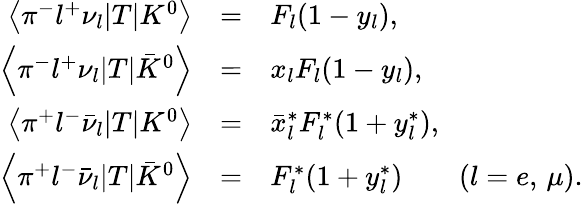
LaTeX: \begin{array}{rcl}{{\left<\pi^{-}l^{+}\nu_{l}|T|K^{0}\right>}}&{{=}}&{{F_{l}(1-y_{l}),}}\\ {{\left<\pi^{-}l^{+}\nu_{l}|T|\bar{K}^{0}\right>}}&{{=}}&{{x_{l}F_{l}(1-y_{l}),}}\\ {{\left<\pi^{+}l^{-}\bar{\nu}_{l}|T|K^{0}\right>}}&{{=}}&{{\bar{x}_{l}^{*}F_{l}^{*}(1+y_{l}^{*}),}}\\ {{\left<\pi^{+}l^{-}\bar{\nu}_{l}|T|\bar{K}^{0}\right>}}&{{=}}&{{F_{l}^{*}(1+y_{l}^{*})\quad\quad(l=e,\, \mu).}}\end{array}